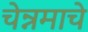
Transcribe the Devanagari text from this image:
चेन्नमाचे